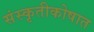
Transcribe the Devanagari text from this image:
संस्कृतीकोषात